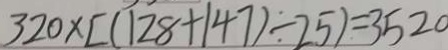
3 2 0 \times [ ( 1 2 8 + 1 4 7 ) \div 2 5 ) = 3 5 2 0